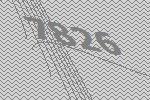
7826